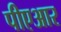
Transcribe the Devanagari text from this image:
पीएआर